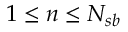
1 \leq n \leq N _ { s b }